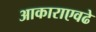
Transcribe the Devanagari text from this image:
आकाराएवढे